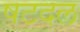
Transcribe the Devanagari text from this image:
षटदल